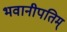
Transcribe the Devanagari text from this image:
भवानीपतिम्